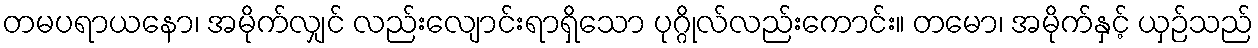
တမပရာယနော၊ အမိုက်လျှင် လည်းလျောင်းရာရှိသော ပုဂ္ဂိုလ်လည်းကောင်း။ တမော၊ အမိုက်နှင့် ယှဉ်သည်